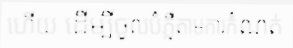
ហើយ ដើម្បីចូលបំភ្លឺតាមការកំណត់